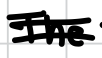
Text: The
Cross-out: double-line
Writing tool: digital_black